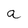
Character: a